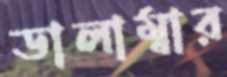
ডালাম্বার